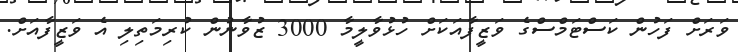
ވަރަށް ފަހުން ކަސްޓަމްސްގެ ވަޒީފާއަކަށް ހުޅުވާލީމާ 3000 ޒުވާނުން ކުރިމަތިލި އެ ވަޒީފާއަށް.